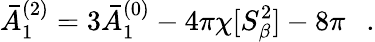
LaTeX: \bar{A}_{1}^{(2)}=3\bar{A}_{1}^{(0)}-4\pi\chi[S_{\beta}^{2}]-8\pi~~~.